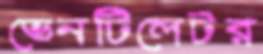
ভেনটিলেটর